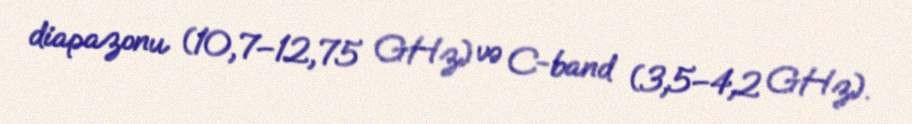
diapazonu (10,7–12,75 GHz) və C-band (3,5–4,2 GHz).